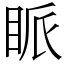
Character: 眽